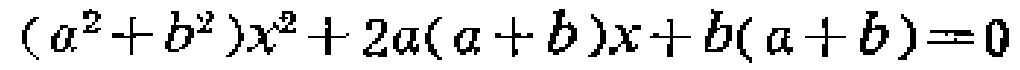
\((a^{2}+b^{2})x^{2}+2a(a + b)x + b(a + b)=0\)